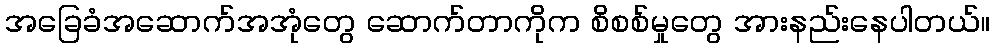
အခြေခံအဆောက်အအုံတွေ ဆောက်တာကိုက စိစစ်မှုတွေ အားနည်းနေပါတယ်။